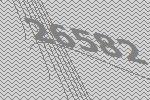
26582